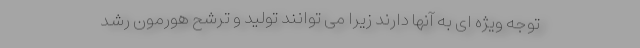
توجه ویژه ای به آنها دارند زیرا می توانند تولید و ترشح هورمون رشد